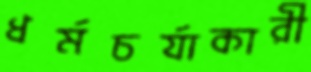
ধর্মচর্যাকারী